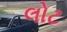
લોટ